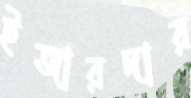
ইজারদার